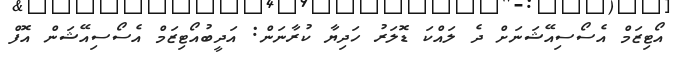
އޯޓިޒަމް އެސޯސިއޭޝަނަށް ދެ ލައްކަ ޑޮލަރު ހަދިޔާ ކުރާނަން: އަދީބުއޯޓިޒަމް އެސޯސިއޭޝަން އޮފް